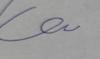
Signature authenticity: forged